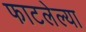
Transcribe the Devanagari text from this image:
फाटलेल्या